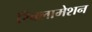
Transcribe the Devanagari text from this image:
रिक्लामेशन